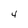
Character: 4